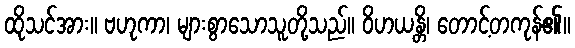
ထိုသင်အား။ ဗဟုကာ၊ များစွာသောသူတို့သည်။ ဝိဟယန္တိ၊ တောင့်တကုန်၏။